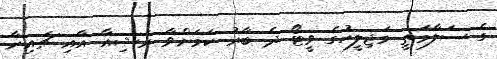
ގެ ސަލާމަތީ މަޖިލީހުގެ ވީޓޯ ދެ ބާރު ކަމަށްވާ ރަޝިއާ އާއި ޗައިނާ